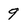
Character: 9